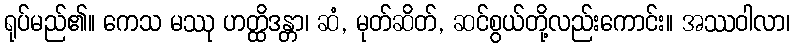
ရုပ်မည်၏။ ကေသ မဿု ဟတ္ထိဒန္တာ၊ ဆံ, မုတ်ဆိတ်, ဆင်စွယ်တို့လည်းကောင်း။ အဿဝါလာ၊